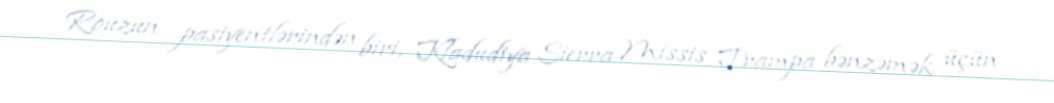
Rouzun pasiyentlərindən biri, Kladudiya Sierra Missis Trampa bənzəmək üçün